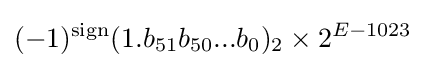
(-1)^{\text{sign}}(1.b_{51}b_{50}...b_{0})_{2}\times 2^{E-1023}